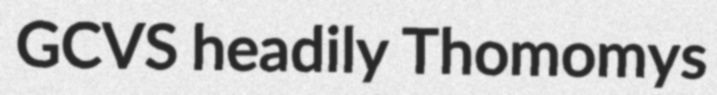
GCVS headily Thomomys